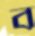
ব